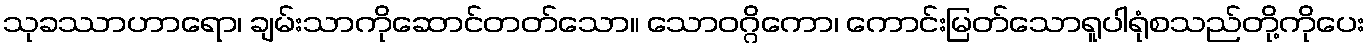
သုခဿာဟာရော၊ ချမ်းသာကိုဆောင်တတ်သော။ သောဝဂ္ဂိကော၊ ကောင်းမြတ်သောရူပါရုံစသည်တို့ကိုပေး